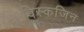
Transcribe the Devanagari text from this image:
विस्कजिन